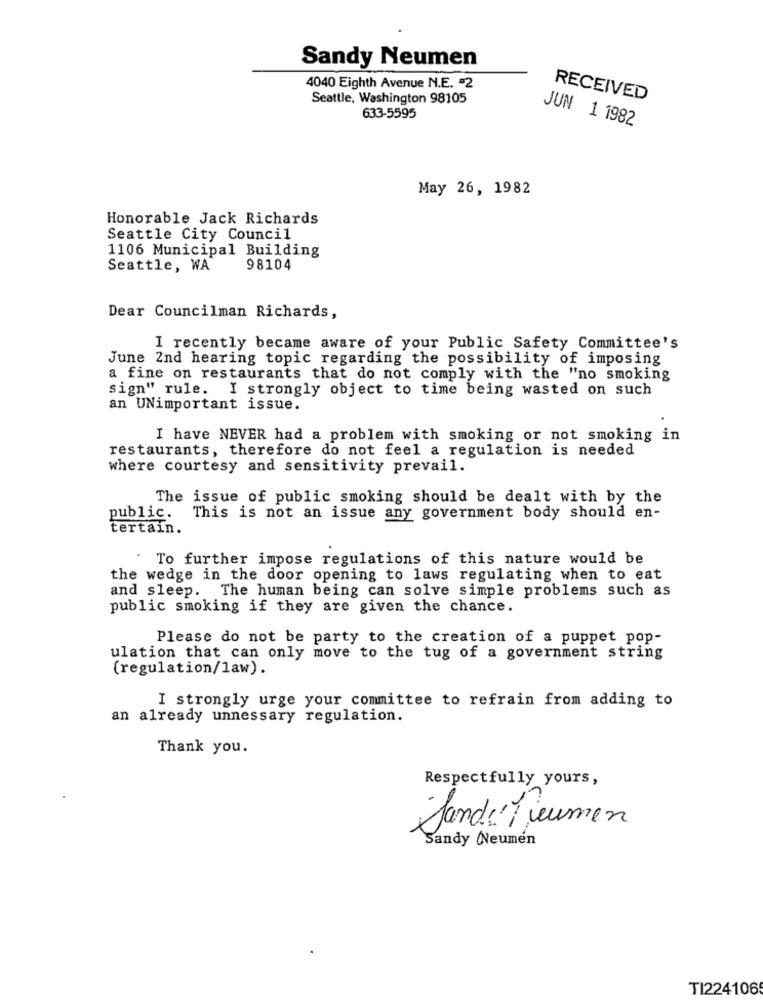
Sandy Neumen
4040 Eighth Avenue N.E. = 2
Seattle, Washington 98105
RECEIVED
633-5595
JUN 1 1982
May 26, 1982
Honorable Jack Richards
Seattle City Council
1106 Municipal Building
Seattle, WA
98104
Dear Councilman Richards,
I recently became aware of your Public Safety Committee's
June 2nd hearing topic regarding the possibility of imposing
a fine on restaurants that do not comply with the "no smoking
sign" rule. I strongly object to time being wasted on such
an UNimportant issue.
I have NEVER had a problem with smoking or not smoking in
restaurants, therefore do not feel a regulation is needed
where courtesy and sensitivity prevail.
The issue of public smoking should be dealt with by the
public. This is not an issue any government body should en-
tertain.
To further impose regulations of this nature would be
the wedge in the door opening to laws regulating when to eat
and sleep. The human being can solve simple problems such as
public smoking if they are given the chance.
Please do not be party to the creation of a puppet pop-
ulation that can only move to the tug of a government string
(regulation/law).
I strongly urge your committee to refrain from adding to
an already unnessary regulation.
Thank you.
Respectfully yours,
Sande Treumen
Sandy (Neumen
TI224106